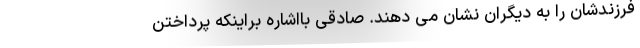
فرزندشان را به دیگران نشان می دهند. صادقی بااشاره براینکه پرداختن